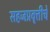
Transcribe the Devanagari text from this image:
सहजप्रवृत्तीचे